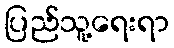
ပြည်သူ့ရေးရာ